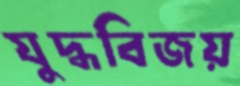
যুদ্ধবিজয়